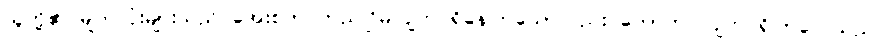
သူတို့၏ မျက်လုံးများသည် အေးစက် တည်ငြိမ်လျက် ရှိနေကြသော်လည်း တောက်ပလျက် ရှိကြလေသည်။